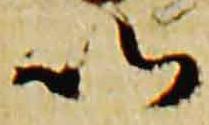
以